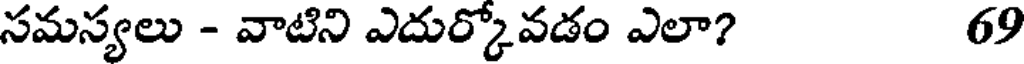
సమస్యలు - వాటిని ఎదుర్కోవడం ఎలా? 69